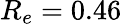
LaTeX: R_{e}=0.46